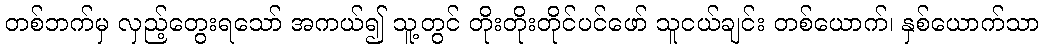
တစ်ဘက်မှ လှည့်တွေးရသော် အကယ်၍ သူ့တွင် တိုးတိုးတိုင်ပင်ဖော် သူငယ်ချင်း တစ်ယောက်၊ နှစ်ယောက်သာ